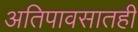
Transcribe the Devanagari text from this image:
अतिपावसातही